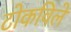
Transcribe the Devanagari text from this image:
टोकविले